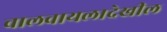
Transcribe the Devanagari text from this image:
चालवायलादेखील